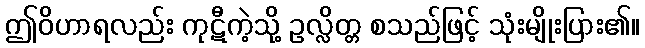
ဤဝိဟာရလည်း ကုဋီကဲ့သို့ ဥလ္လိတ္တ စသည်ဖြင့် သုံးမျိုးပြား၏။